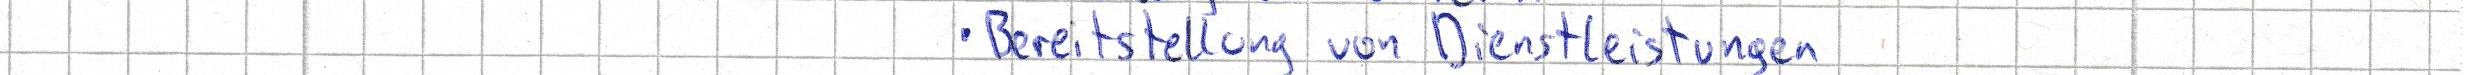
Bereitstellung von Dienstleistungen